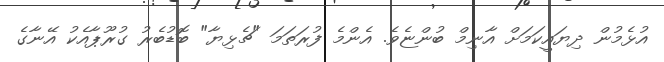
އުޅެމުން ދިޔައީކަމަށް އާނިމް ބުންޏެވެ. އެންމެ ފުރަތަމަ "ޗެޅިޔާ" ބޮޑުބެރު ގުރޫޕާއެކު އޭނާގެ